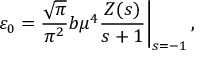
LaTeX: \left. \varepsilon _ { 0 } = \frac { \sqrt { \pi } } { \pi ^ { 2 } } b \mu ^ { 4 } \frac { Z ( s ) } { s + 1 } \right| _ { s = - 1 } ,